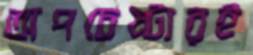
অপচেষ্টারই